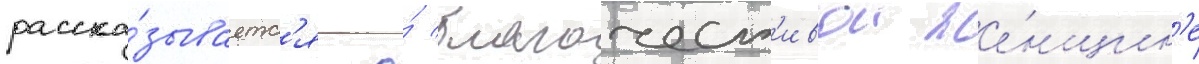
расска́зываетс'я о́ благочест'ивои же́нщин'е